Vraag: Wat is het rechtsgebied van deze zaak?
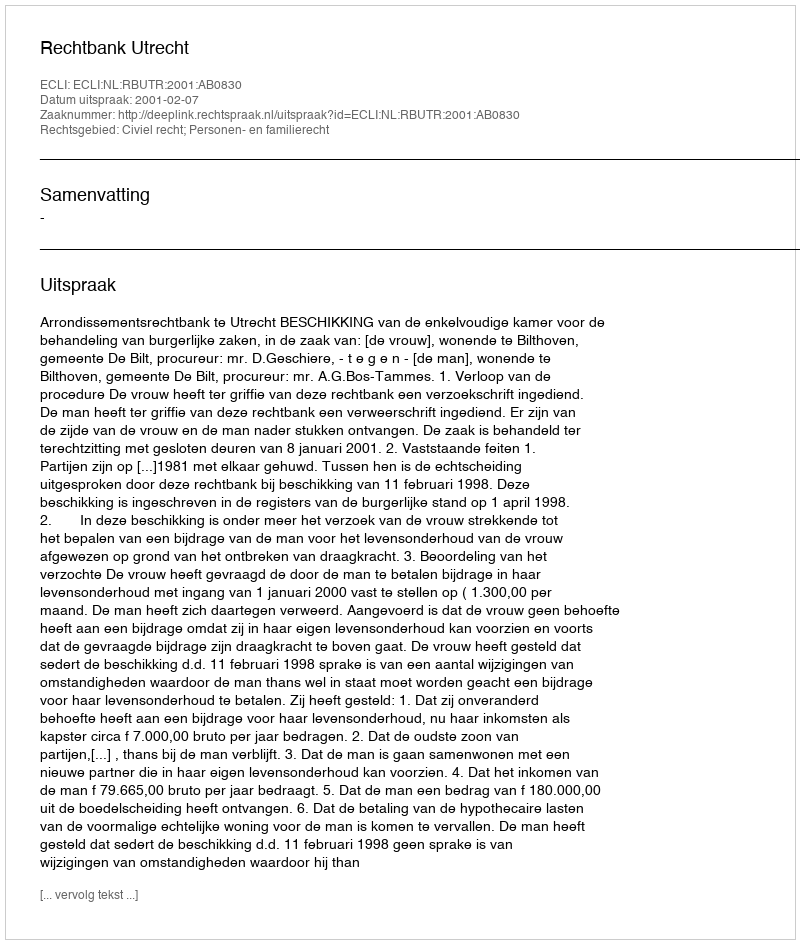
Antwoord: Civiel recht; Personen- en familierecht